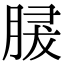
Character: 𦜺